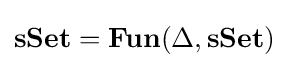
\mathbf {sSet} =\mathbf {Fun} (\Delta ,\mathbf {sSet} )